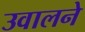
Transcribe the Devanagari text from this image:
उवालने